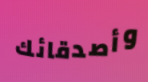
وأصدقائك